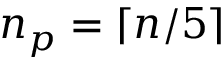
n _ { p } = \lceil n / 5 \rceil